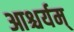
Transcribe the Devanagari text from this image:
आश्चर्यम्